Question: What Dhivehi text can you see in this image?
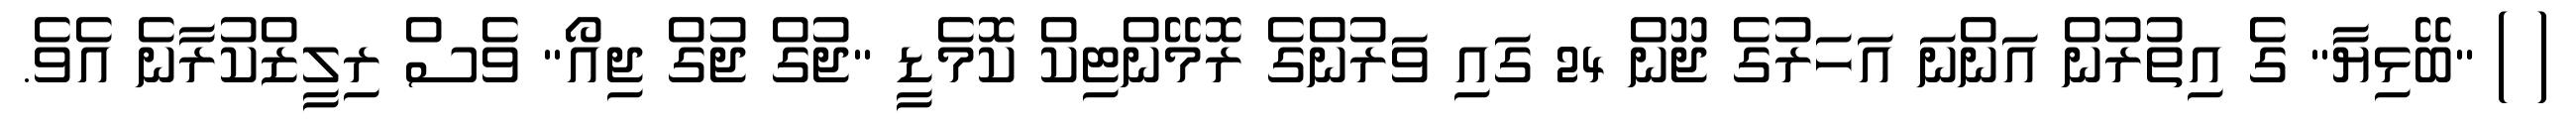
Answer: ( ) "ބޭޅިޔާ" ގެ އިތުރުން އަންނަ އަހަރުގެ ޖޫން 24 ގައި ވަރުންގެ ރޮމޭންޓިކް ކޮމެޑީ "ޖުގް ޖުގް ޖިއޯ" ވެސް ރިލީޒްކުރާނެ އެވެ.